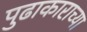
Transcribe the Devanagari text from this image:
पुढाकाराच्या